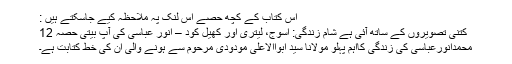
اس کتاب کے کچھ حصے اس لنک پہ ملاحظہ کیے جاسکتے ہیں :
کتنی تصویروں کے ساتھ آئی ہے شامِ زندگی: اسوج، لیتری اور کھیل کود – انور عباسی کی آپ بیتی حصہ 12
محمدانورعباسی کی زندگی کااہم پہلو مولانا سید ابواالاعلیٰ مودودی مرحوم سے ہونے والی ان کی خط کتابت ہے۔